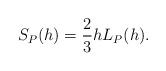
LaTeX: \begin{align*} \begin{aligned}S_P(h)=\frac{2}{3}hL_P(h). \end{aligned} \end{align*}